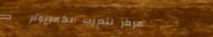
مركز لتدريب الكمبيوتر   د